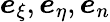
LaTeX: \boldsymbol e_{\xi},\boldsymbol e_{\eta},\boldsymbol e_{n}